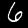
Label: 6